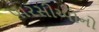
પારસીઓનો